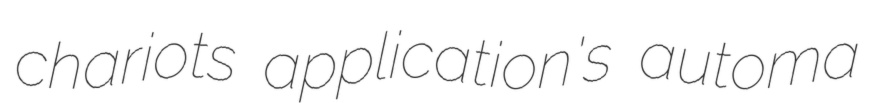
chariots application's automa